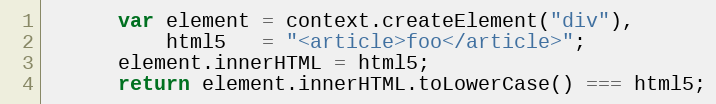
Language: JavaScript
      var element = context.createElement("div"),
          html5   = "<article>foo</article>";
      element.innerHTML = html5;
      return element.innerHTML.toLowerCase() === html5;